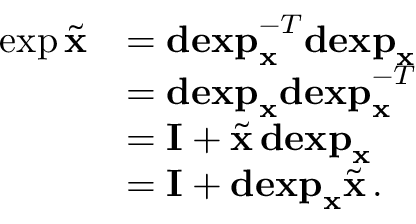
\begin{array} { r l } { \exp \tilde { \mathbf { x } } } & { = \mathbf { d e x p } _ { \mathbf { x } } ^ { - T } \mathbf { d e x p } _ { \mathbf { x } } } \\ & { = \mathbf { d e x p } _ { \mathbf { x } } \mathbf { d e x p } _ { \mathbf { x } } ^ { - T } } \\ & { = \mathbf { I } + \tilde { \mathbf { x } } \, \mathbf { d e x p } _ { \mathbf { x } } } \\ & { = \mathbf { I } + \mathbf { d e x p } _ { \mathbf { x } } \tilde { \mathbf { x } } \, . } \end{array}